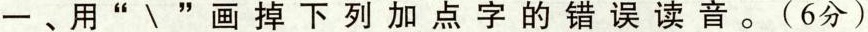
一、用”\”画掉学列加点字的错误读音。(6分)